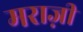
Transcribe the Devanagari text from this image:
मराज़ी